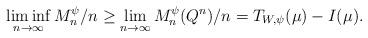
LaTeX: \begin{align*}\liminf_{n\to\infty}M_n^{\psi} / n \ge \lim_{n\to\infty}M_n^{\psi}(Q^n) / n = T_{W,\psi}(\mu) - I(\mu).\end{align*}